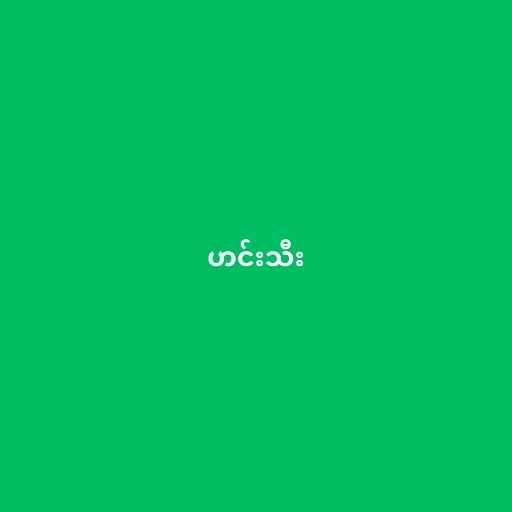
ဟင်းသီး